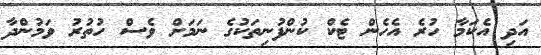
އަދި އެކަމާ ހުރެ އެހެން ޓެކް ކުންފުނިތަކުގެ ނަމަށް ވެސް ހުތުރު ވަމުންދާ